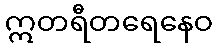
ဣတရီတရေနေဝ